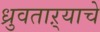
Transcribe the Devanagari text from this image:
ध्रुवताऱ्याचे